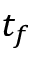
t _ { f }